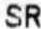
SR